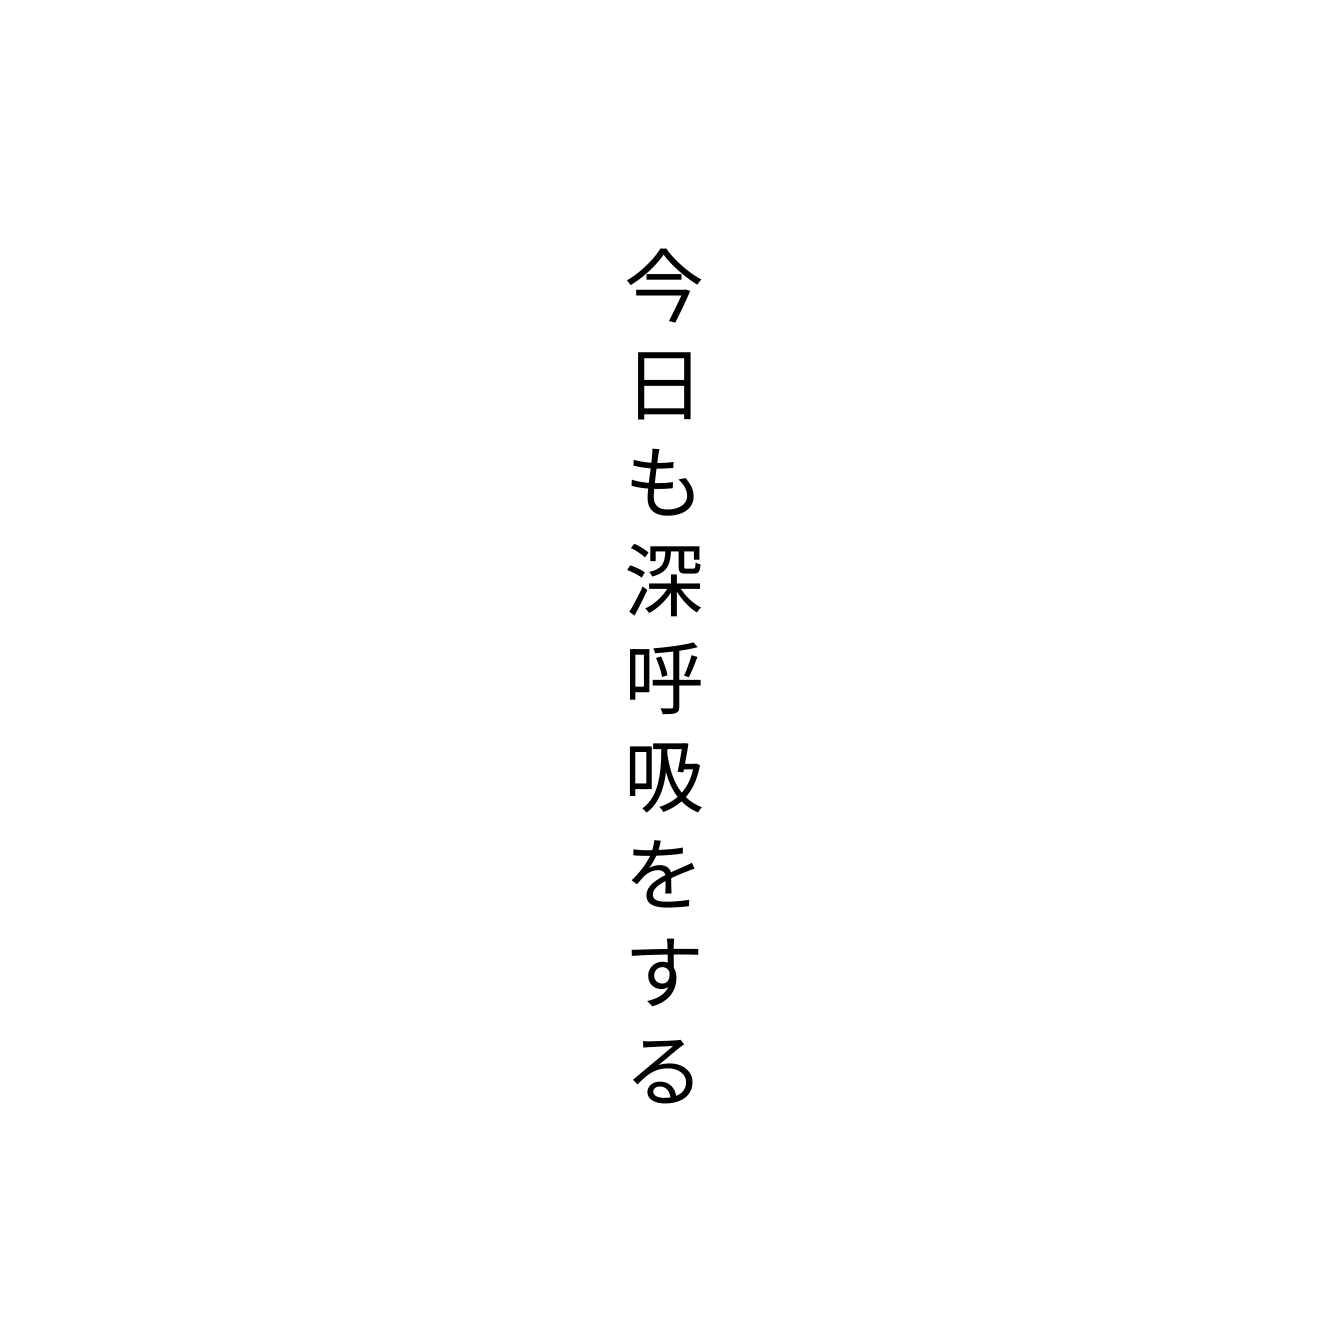
今日も深呼吸をする